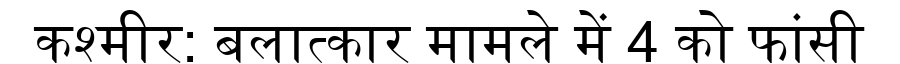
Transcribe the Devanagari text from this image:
कश्मीर: बलात्कार मामले में 4 को फांसी